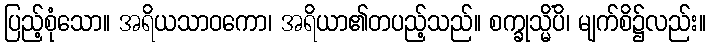
ပြည့်စုံသော။ အရိယသာဝကော၊ အရိယာ၏တပည့်သည်။ စက္ခုသ္မိံပိ၊ မျက်စိ၌လည်း။